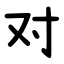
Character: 对